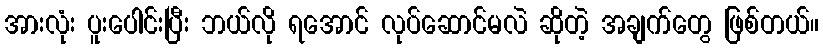
အားလုံး ပူးပေါင်းပြီး ဘယ်လို ရအောင် လုပ်ဆောင်မလဲ ဆိုတဲ့ အချက်တွေ ဖြစ်တယ်။